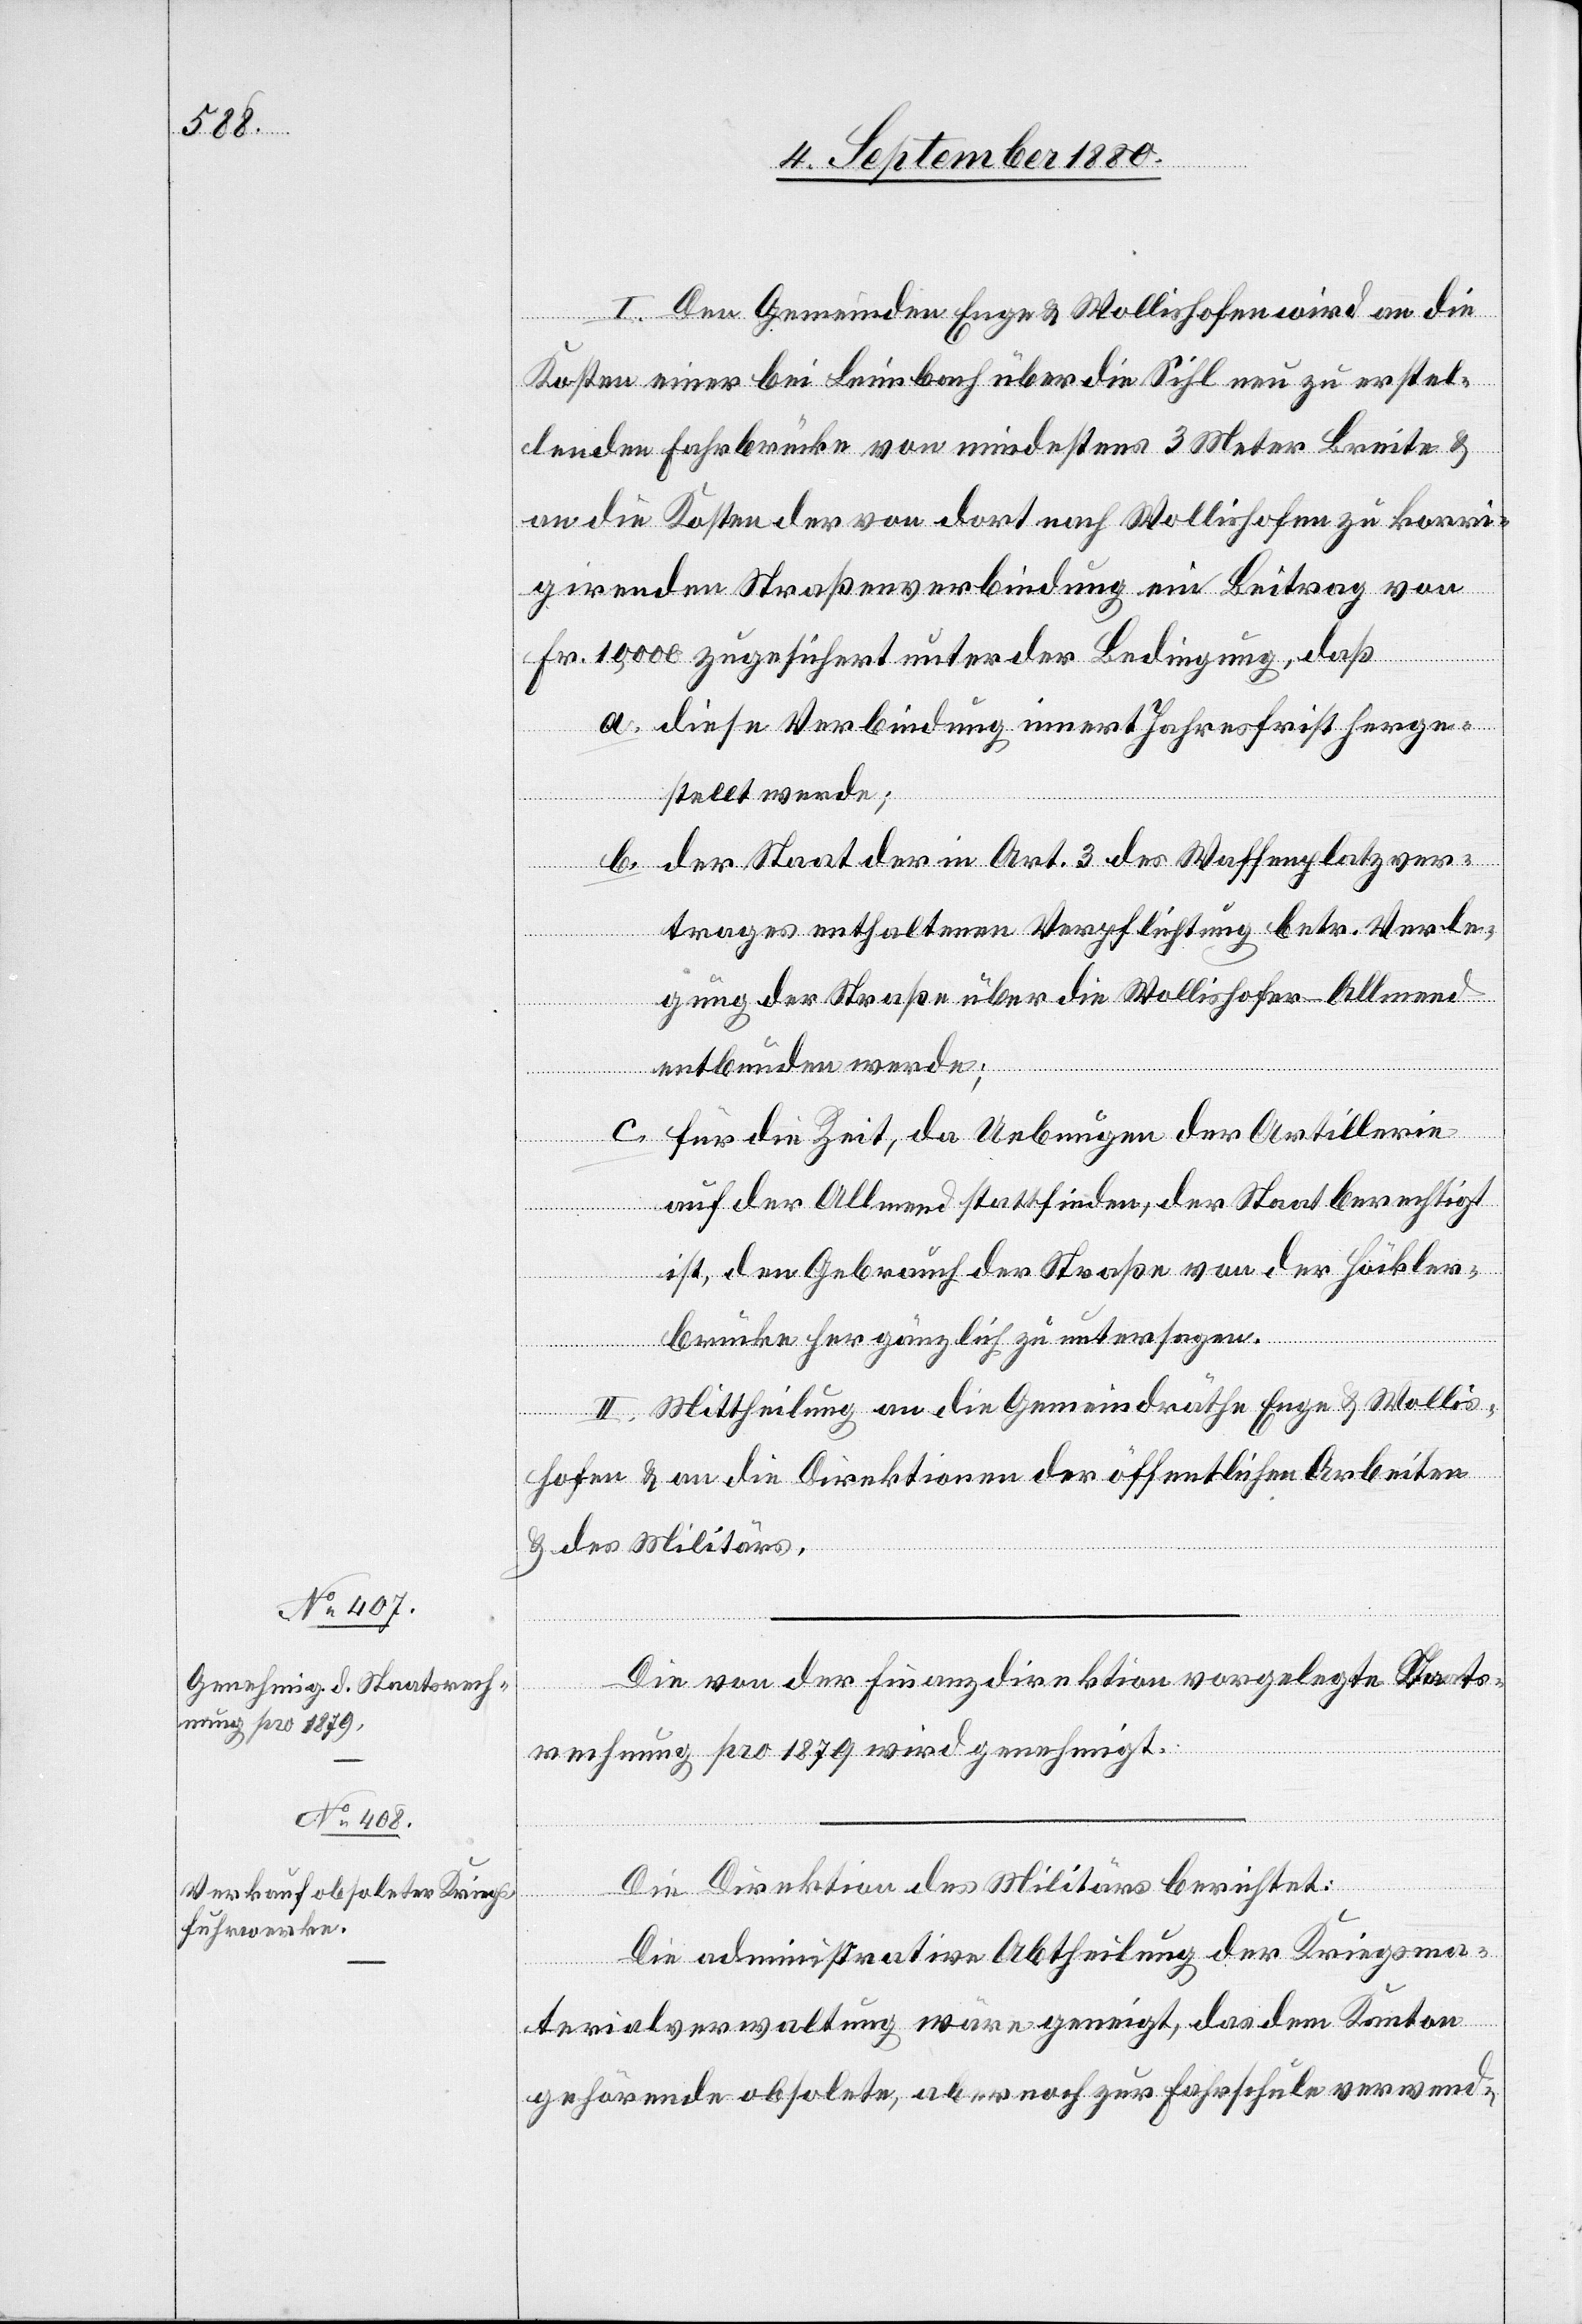
I. Den Gemeinden Enge & Wollishofen wird an die
Kosten einer bei Leimbach über die Sihl neu zu erstel¬
lenden Fahrbrücke von mindestens 3 Meter Breite &
an die Kosten der von dort nach Wollishofen zu korri¬
girenden Straßenverbindung ein Beitrag von
Fr. 10,000 zugesichert unter der Bedingung, daß
a. diese Verbindung innert Jahresfrist herge¬
stellt werde;
b. der Staat der in Art. 3 des Waffenplatzver¬
trages enthaltenen Verpflichtung betr. Verle¬
gung der Straße über die Wollishofer-Allmend
entbunden werde;
c. für die Zeit, da Uebungen der Artillerie
auf der Allmend stattfinden, der Staat berechtigt
ist, den Gebrauch der Straße von der Höckler¬
brücke her gänzlich zu untersagen.
II. Mittheilung an die Gemeindräthe Enge & Wollis¬
hofen & an die Direktion der öffentlichen Arbeiten
& des Militärs.
Die von der Finanzdirektion vorgelegte Staats¬
rechnung pro 1879 wird genehmigt.
Die Direktion des Militärs berichtet:
Die administrative Abtheilung der Kriegsma¬
terialverwaltung wäre geneigt, das dem Kanton
gehörende obsolete, aber noch zur Fahrschule verwend-